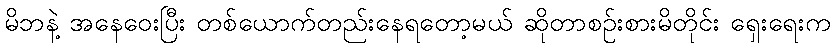
မိဘနဲ့ အနေဝေးပြီး တစ်ယောက်တည်းနေရတော့မယ် ဆိုတာစဉ်းစားမိတိုင်း ရှေးရေးက